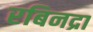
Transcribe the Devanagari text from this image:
रबिनद्रा